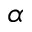
\alpha